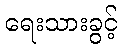
ရေးသားခွင့်